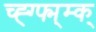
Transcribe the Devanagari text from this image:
च्ह्ग्फ्म्म्क्